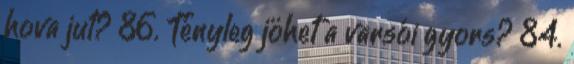
hova jut? 86. Tényleg jöhet a varsói gyors? 84.